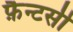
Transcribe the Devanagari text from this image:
फ़ैन्टसी